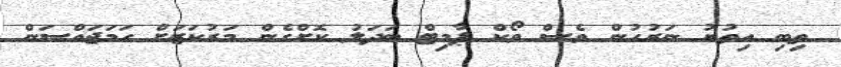
ތިބި އިތުރު ނަރުހުން ވެސް ވޯކް ޕާމިޓް ބަދަލު ކޮށްގެން މަރުކަޒަށް ހަަމަޖައްސަން